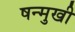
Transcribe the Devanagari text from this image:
षन्मुखी